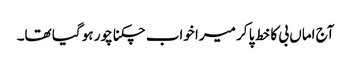
آج اماں بی کا خط پا کر میرا خواب چکنا چور ہو گیا تھا۔